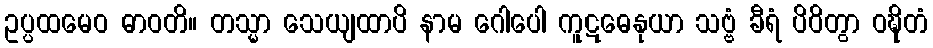
ဥပ္ပထမေဝ ဓာဝတိ။ တသ္မာ သေယျထာပိ နာမ ဂေါပေါ ကူဋဓေနုယာ သဗ္ဗံ ခီရံ ပိဝိတွာ ဝဍ္ဎိတံ